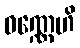
ဝဏ္ဏေဟိ